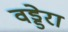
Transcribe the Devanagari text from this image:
वड्डेरा